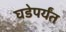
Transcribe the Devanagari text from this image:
घडेपर्यंत